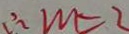
\therefore M = 2